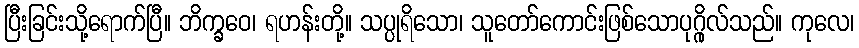
ပြီးခြင်းသို့ရောက်ပြီ။ ဘိက္ခဝေ၊ ရဟန်းတို့။ သပ္ပုရိသော၊ သူတော်ကောင်းဖြစ်သောပုဂ္ဂိုလ်သည်။ ကုလေ၊